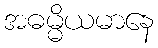
အဓမ္မိယမာနေ